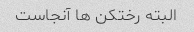
البته رختکن ها آنجاست